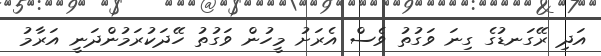
އަދި ރޭގަނޑުގެ ގިނަ ވަގުތު ވެސް އެރަށު މީހުން ވަގުތު ހޭދަކުރަމުންދަނީ އަރާމު